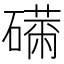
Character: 𥕾